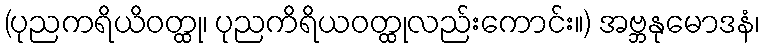
(ပုညကရိယိဝတ္ထု၊ ပုညကိရိယဝတ္ထုလည်းကောင်း။) အဗ္ဘနုမောဒနံ၊